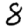
Digit: 8